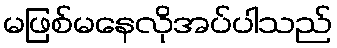
မဖြစ်မနေလိုအပ်ပါသည်